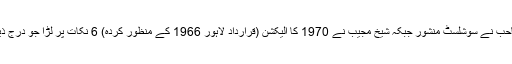
بھُٹو صاحب نے سوشلسٹ منشور جبکہ شیخ مجیب نے 1970 کا الیکشن (قراردادِ لاہور 1966 کے منظور کردہ) 6 نکات پر لڑا جو درج ذیل تھے۔